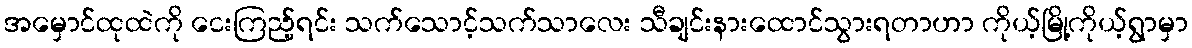
အမှောင်ထုထဲကို ငေးကြည့်ရင်း သက်သောင့်သက်သာလေး သီချင်းနားထောင်သွားရတာဟာ ကိုယ့်မြို့ကိုယ့်ရွာမှာ